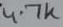
Text: 4.7k